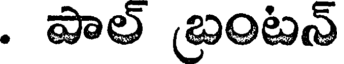
. పాల్ బంటన్